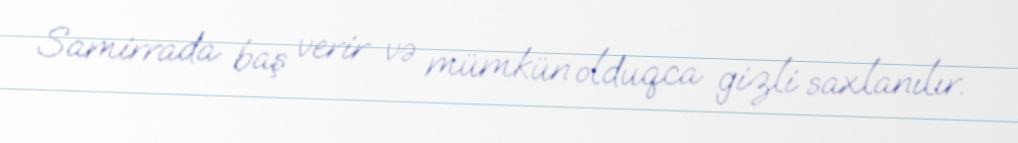
Samirrada baş verir və mümkün olduqca gizli saxlanılır.